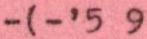
-(-'5 9